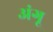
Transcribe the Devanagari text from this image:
अंगू